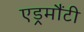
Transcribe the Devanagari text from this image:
एड्रमौंटी